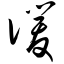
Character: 谖